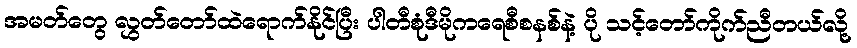
အမတ်တွေ လွှတ်တော်ထဲရောက်နိုင်ပြီး ပါတီစုံဒီမိုကရေစီစနစ်နဲ့ ပို သင့်တော်ကိုက်ညီတယ်လို့